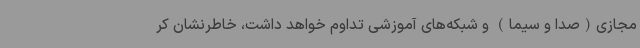
مجازی(صدا و سیما) و شبکه‌های آموزشی تداوم خواهد داشت، خاطرنشان کر